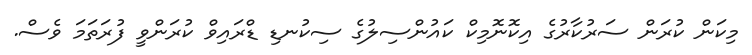
މިކަން ކުރަން ސަރުކާރުގެ އިކޮނޮމިކް ކައުންސިލުގެ ސިކުނޑި ޑްރައިވް ކުރަންވީ ފުރަތަމަ ވެސް.